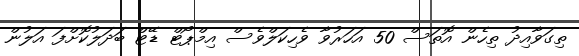
ތިގަވާއިދު ތިހެން އޮތަސް 50 އަހަރުވާ ވެހިކަލްވެސް އިމްޕޯޓް ޑޭޓް ބަދަލުކޮށްފަ އަލުން